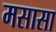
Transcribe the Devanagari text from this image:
मसासा